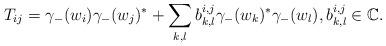
LaTeX: \begin{align*}T_{i j} = \gamma_{-}(w_i) \gamma_{-}(w_j)^* + \sum_{k, l} b_{k, l}^{i, j} \gamma_{-}(w_k)^* \gamma_{-}(w_l),b_{k, l}^{i, j} \in \mathbb{C}.\end{align*}